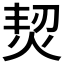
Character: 𤉟